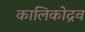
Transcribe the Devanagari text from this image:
कालिकोद्रव